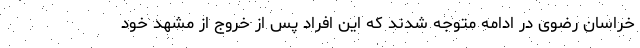
خراسان رضوی در ادامه متوجه شدند که این افراد پس از خروج از مشهد خود